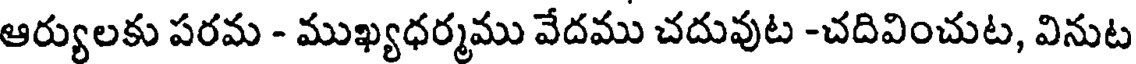
ఆర్యులకు పరమ - ముఖ్యధర్మము వేదము చదువుట -చదివించుట, వినుట